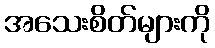
အသေးစိတ်များကို